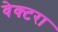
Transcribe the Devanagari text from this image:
वेक्टरा